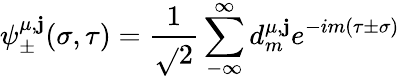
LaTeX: \psi_{\pm}^{\mu,\mathbf{j}}(\sigma,\tau)=\frac{{1}}{{\sqrt{}{2}}}\sum_{-\infty}^{\infty}d_{m}^{\mu,\mathbf{j}}e^{-im(\tau\pm\sigma)}